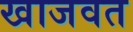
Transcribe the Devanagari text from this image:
खाजवत